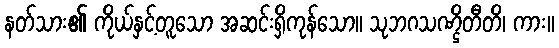
နတ်သား၏ ကိုယ်နှင့်တူသော အဆင်းရှိကုန်သော။ သုဘဂသဏ္ဌိတီတိ၊ ကား။